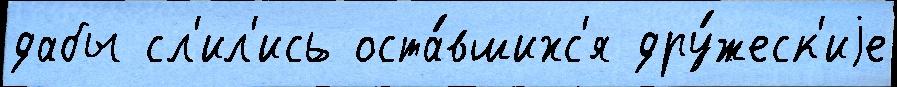
дабы сл'ил'ись оста́вшихс'я дру́жеск'иjе